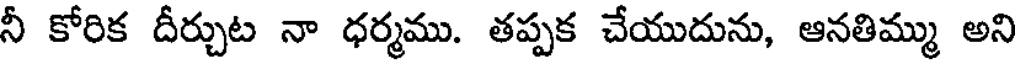
నీ కోరిక దీర్చుట నా ధర్మము. తప్పక చేయుదును, ఆనతిమ్ము అని